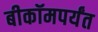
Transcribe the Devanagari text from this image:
बीकॉमपर्यंत